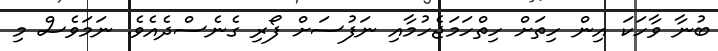
ބުނާ ވާހަކަ އިން ހިތަށް ހިތްހަމަޖެހުމާއި ނަފުސަށް ފޯރި ގެނެސްދެއެވެ. ނަމަވެސް މި